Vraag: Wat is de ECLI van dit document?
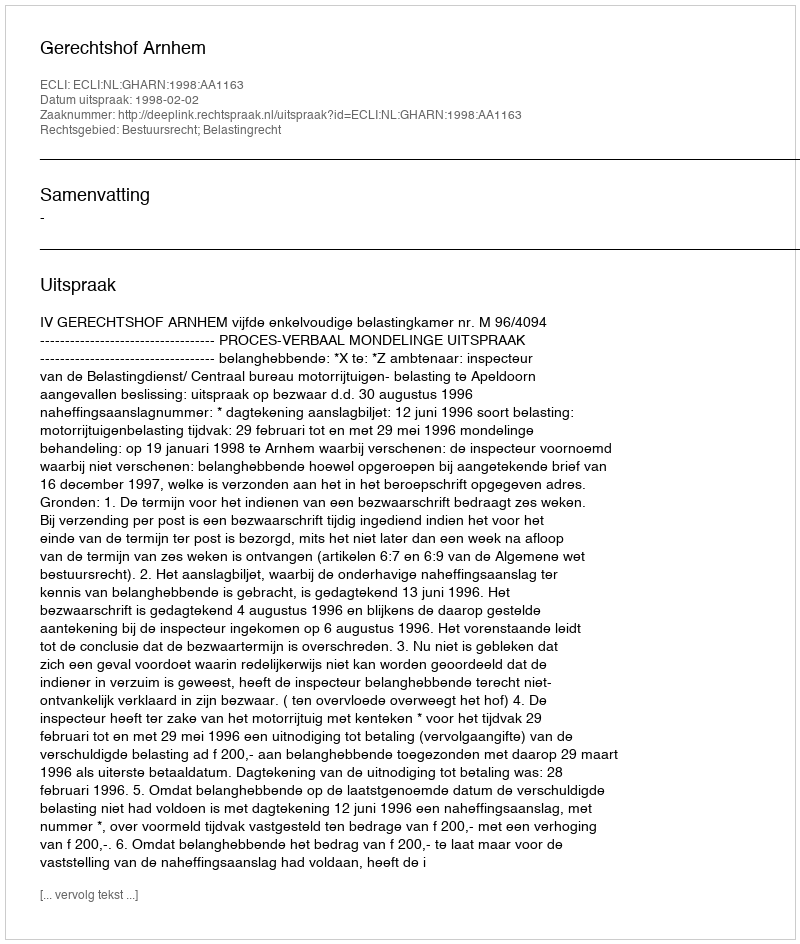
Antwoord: ECLI:NL:GHARN:1998:AA1163